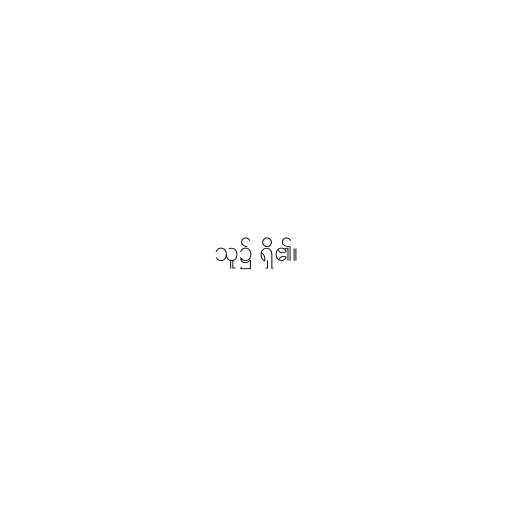
သူ၌ ရှိ၏။